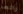
رائعه